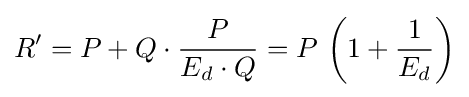
R'=P+Q\cdot {\frac {P}{E_{d}\cdot Q}}=P\,\left(1+{\frac {1}{E_{d}}}\right)